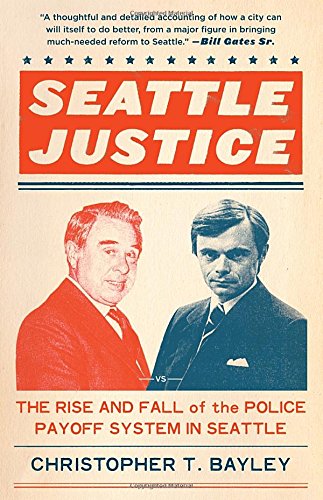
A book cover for Seattle Justice: The Rise and Fall of the Police Payoff System in Seattle; Christopher T. Bayley; Law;